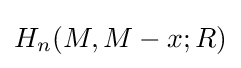
H_{n}(M,M-{x};R)